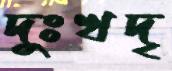
দুঃখদৃ